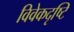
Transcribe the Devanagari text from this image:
विवेकदृष्टि